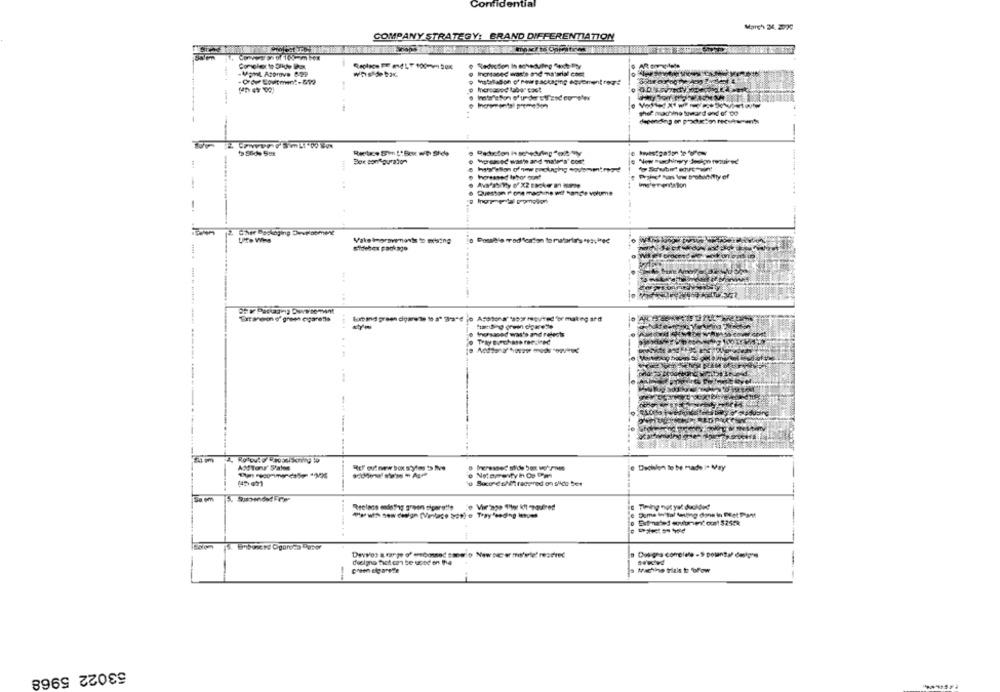
Confident
March 34. 2020
COMPANY STRATEGY: BRAND DIFFERENTIATION
-Mont Atprove 8-99
whsdetox
Inomtanec war's and material cost
---
--------
theft machine toward end of De
Implementation
Ghee Backaging Develoon
Uitte Wis
Gidebex package
Tresneos' green egaress
- --------
funding green cigarette
Inorsaned waste and rejects
REF out new box s'ytests five
Dechulen to be made i- May
----
SucresNR raggred on suce ter
Rrelace endsfag green sigarette o Virago hoe Kft required
0 Estimated soulumenit cost $2524
..
green elgarede
a Machine trials to follow
53022 5968